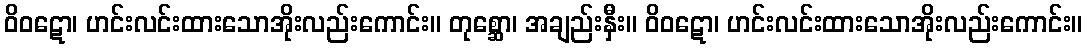
ဝိဝဋော၊ ဟင်းလင်းထားသောအိုးလည်းကောင်း။ တုစ္ဆော၊ အချည်းနှီး။ ဝိဝဋော၊ ဟင်းလင်းထားသောအိုးလည်းကောင်း။